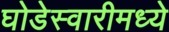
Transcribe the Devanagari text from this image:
घोडेस्वारीमध्ये